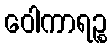
ဝေါကာရဉ္စ